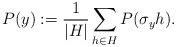
LaTeX: \begin{align*} P(y):=\frac{1}{|H|}\sum_{h\in H}P(\sigma_y h).\end{align*}